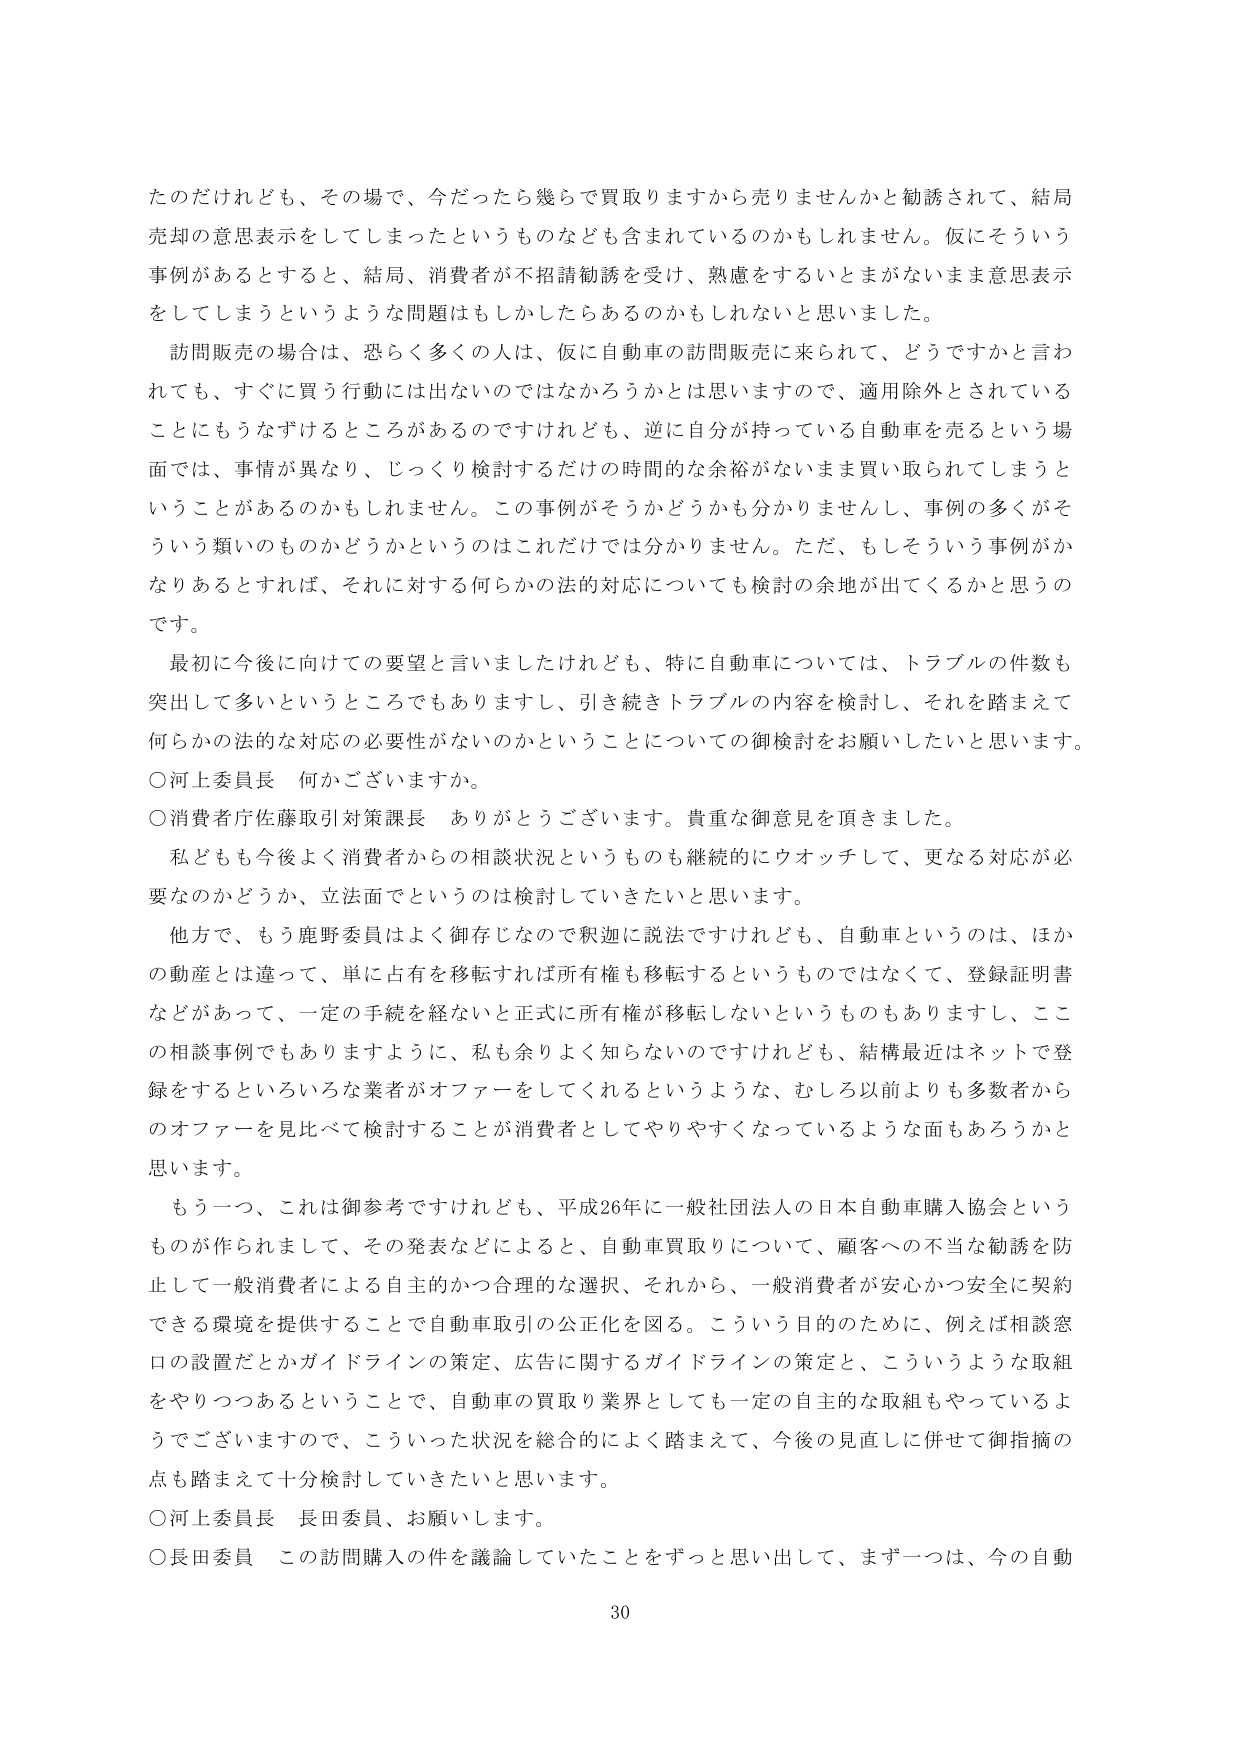
たのだけれども、その場で、今だったら幾らで買取りますから売りませんかと勧誘されて、結局売却の意思表示をしてしまったというのもなども含まれているのかもしれません。仮にそういう事例があるとすると、結局、消費者が不招請勧誘を受け、熟慮をするいとまがないまま意思表示をしてしまうというような問題はもしかしたらあるのかもしれないと思いました。

訪問販売の場合は、恐らく多くの人は、仮に自動車の訪問販売に来られて、どうですかと言われても、すぐに買う行動には出ないのではなかろうかとは思いますが、適用除外とされていることにもうなずけるところがあるのですけれども、逆に自分が持っている自動車を売るという場面では、事情が異なり、じっくり検討するだけの時間的な余裕がないまま買い取られてしまうということがあるのかもしれません。この事例がそうかどうかも分かりませんし、事例の多くがそういう類いのものかどうかというのはこれだけでは分かりません。ただ、もしそういう事例がかなりあるとすれば、それに対する何らかの法的対応についても検討の余地が出てくるかと思うのです。

最初に今後に向けての要望と言いましたけれども、特に自動車については、トラブルの件数も突出して多いというところでもありますし、引き続きトラブルの内容を検討し、それを踏まえて何らかの法的な対応の必要性がないのかということについての御検討をお願いしたいと思います。

○河上委員長　何かございますか。

○消費者庁佐藤取引対策課長　ありがとうございます。貴重な御意見を頂きました。

私どもも今後よく消費者からの相談状況というのも継続的にウォッチして、更なる対応が必要なのかどうか、立法面でというのは検討していきたいと思います。

他方で、もう鹿野委員はよく御存じなので釈迦に説法ですけれども、自動車というのは、ほかの動産とは違って、単に占有を移転すれば所有権も移転するというものではなくて、登録証明書などがあって、一定の手続を経ないと正式に所有権が移転しないというものもありますし、この相談事例でもありますように、私も余りよく知らないのですけれども、結構最近はネットで登録をするといろいろな業者がオファーをしてくれるというような、むしろ以前よりも多数者からのオファーを見比べて検討することが消費者としてやりやすくなっているような面もあろうかと思います。

もう一つ、これは御参考ですけれども、平成26年に一般社団法人の日本自動車購入協会というものが作られまして、その発表などによると、自動車買取りについて、顧客への不当な勧誘を防止して一般消費者による自主的かつ合理的な選択、それから、一般消費者が安心かつ安全に契約できる環境を提供することで自動車取引の公正化を図る。こういう目的のために、例えば相談窓口の設置だとかガイドラインの策定、広告に関するガイドラインの策定と、こういうような取組をやりつつあるということで、自動車の買取り業界としても一定の自主的な取組もやっているようでございますので、こういった状況を総合的によく踏まえて、今後の見直しに併せて御指摘の点も踏まえて十分検討していきたいと思います。

○河上委員長　長田委員、お願いします。

○長田委員　この訪問購入の件を議論していたことをずっと思い出して、まず一つは、今の自動

30